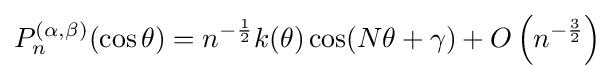
P_{n}^{(\alpha ,\beta )}(\cos \theta )=n^{-{\frac {1}{2}}}k(\theta )\cos(N\theta +\gamma )+O\left(n^{-{\frac {3}{2}}}\right)